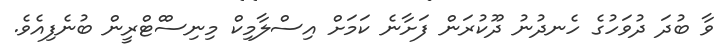
ވާ ބުދަ ދުވަހުގެ ހެނދުނު ދޫކުރަން ފަށާނެ ކަމަށް އިސްލާމިކް މިނިސްްޓްރީން ބުނެފިއެވެ.